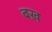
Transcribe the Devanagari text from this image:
बख़